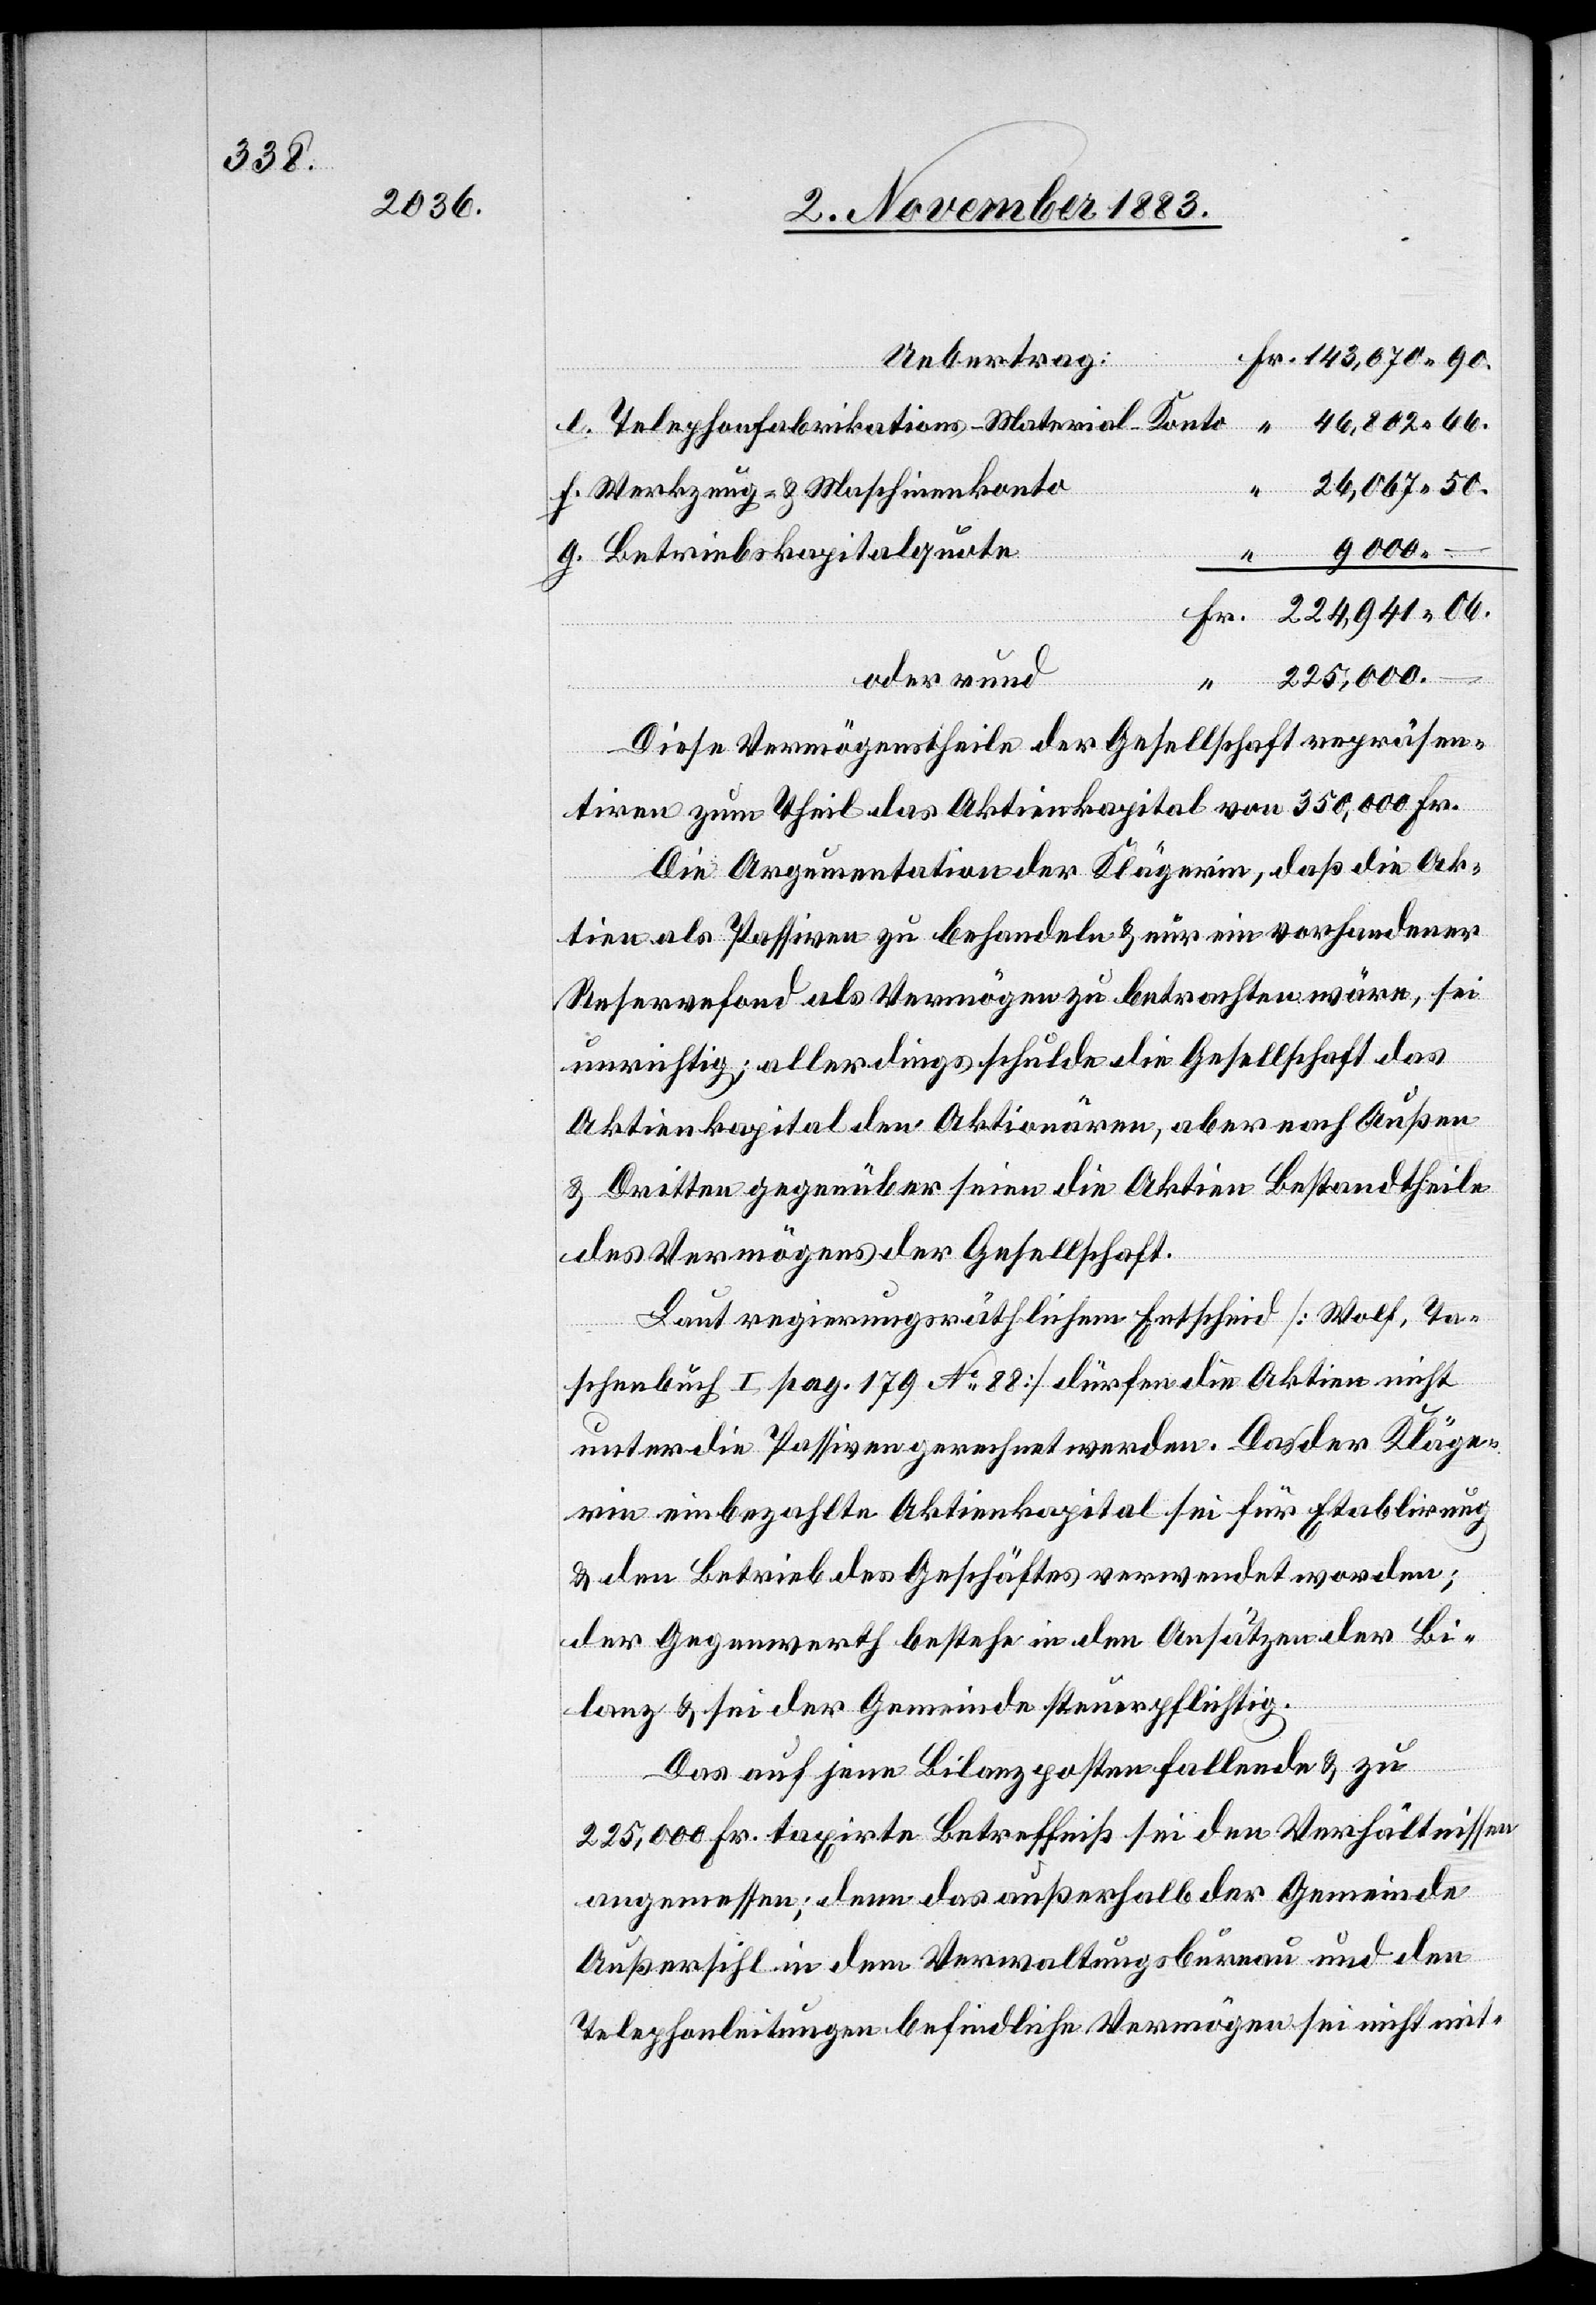
06.

Uebertrag
46,802 66.
Telephonfabrikations-Material-Konto
26,067 50.
g.
Werkzeug- & Maschinenkonto
9000 –
Betriebskapitalquote
225,000 –
oder rund
Diese Vermögenstheile der Gesellschaft repräsen¬
tiren zum Theil das Aktienkapital von 350,000 Fr.
Die Argumentation der Klägerin, daß die Ak¬
tien als Passiven zu behandeln & nur ein vorhandener
Reservefond als Vermögen zu betrachten wäre, sei
unrichtig; allerdings schulde die Gesellschaft das
Aktienkapital den Aktionären, aber nach Außen
& Dritten gegenüber seien die Aktien Bestandtheile
des Vermögens der Gesellschaft.
Laut regierungsräthlichem Entscheid [Wolf, Ta¬
schenbuch I. pag. 179 No 88] dürfen die Aktien nicht
unter die Passiven gerechnet werden. Das der Kläge¬
rin einbezahlte Aktienkapital sei für Etablirung
& den Betrieb des Geschäftes verwendet worden;
der Gegenwerth bestehe in den Ansätzen der Bi¬
lanz & sie der Gemeinde steuerpflichtig.
Das auf jene Bilanzposten fallende & zu
225,000 Fr. taxirte Betreffniß sein den Verhältnissen
angemessen; denn das außerhalb der Gemeinde
Außersihl in dem Verwaltungsbureau und den
Telephonleitungen befindliche Vermögen sei nicht mit-